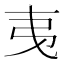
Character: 𢎯